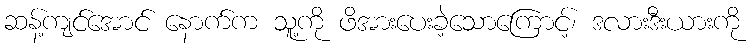
ဆန့်ကျင်အောင် နောက်က သူ့ကို ဖိအားပေးခဲ့သောကြောင့်၊ ဒလားဒီးယားကို